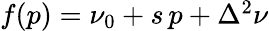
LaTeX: \begin{array}{r}{f(p)=\nu_{0}+s\, p+\Delta^{2}\nu}\end{array}